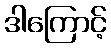
ဒါကြောင့်